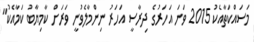
މަސައްކަތާއެކު 2015 ވަނަ އަހަރުގެ ދިރާސީ އަހަރު ނިންމާލެވުނީ ވަރަށް ކާމިޔާބު ކަމާއެކު"